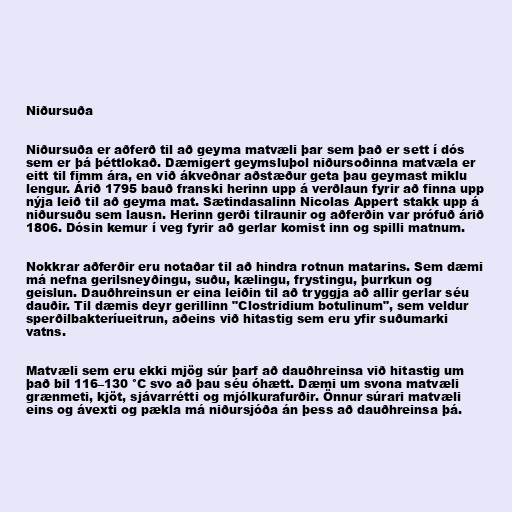
Niðursuða

Niðursuða er aðferð til að geyma matvæli þar sem það er sett í dós
sem er þá þéttlokað. Dæmigert geymsluþol niðursoðinna matvæla er
eitt til fimm ára, en við ákveðnar aðstæður geta þau geymast miklu
lengur. Árið 1795 bauð franski herinn upp á verðlaun fyrir að finna upp
nýja leið til að geyma mat. Sætindasalinn Nicolas Appert stakk upp á
niðursuðu sem lausn. Herinn gerði tilraunir og aðferðin var prófuð árið
1806. Dósin kemur í veg fyrir að gerlar komist inn og spilli matnum.

Nokkrar aðferðir eru notaðar til að hindra rotnun matarins. Sem dæmi
má nefna gerilsneyðingu, suðu, kælingu, frystingu, þurrkun og
geislun. Dauðhreinsun er eina leiðin til að tryggja að allir gerlar séu
dauðir. Til dæmis deyr gerillinn "Clostridium botulinum", sem veldur
sperðilbakteríueitrun, aðeins við hitastig sem eru yfir suðumarki
vatns.

Matvæli sem eru ekki mjög súr þarf að dauðhreinsa við hitastig um
það bil 116–130 °C svo að þau séu óhætt. Dæmi um svona matvæli
grænmeti, kjöt, sjávarrétti og mjólkurafurðir. Önnur súrari matvæli
eins og ávexti og pækla má niðursjóða án þess að dauðhreinsa þá.